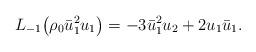
LaTeX: \begin{align*}L_{-1}\big(\rho_0 \bar{u}_1^2u_1\big)=-3\bar{u}_1^2u_2+2u_1\bar{u}_1.\end{align*}